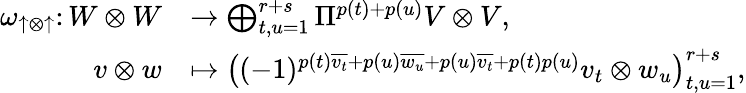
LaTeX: \begin{array}{rl}{\omega_{\uparrow\otimes\uparrow}\colon W\otimes W}&{\to\bigoplus_{t,u=1}^{r+s}\Pi^{p(t)+p(u)}V\otimes V,}\\ {v\otimes w}&{\mapsto\left((-1)^{p(t)\overline{{v_{t}}}+p(u)\overline{{w_{u}}}+p(u)\overline{{v_{t}}}+p(t)p(u)}v_{t}\otimes w_{u}\right)_{t,u=1}^{r+s},}\end{array}